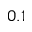
0 . 1